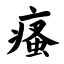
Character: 瘙